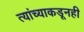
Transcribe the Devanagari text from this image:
त्यांच्याकडूनही